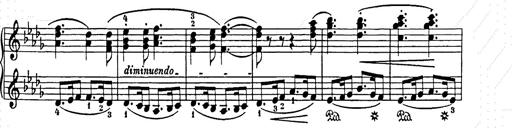
Title: Weihnachtsbaum
Composer: Franz Liszt